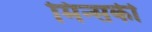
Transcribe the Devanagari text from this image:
मिन्सकी